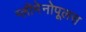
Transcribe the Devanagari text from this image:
ग्लीमेनोपूलस